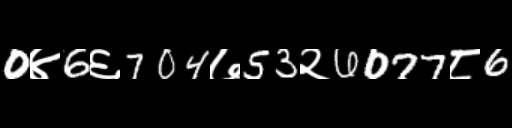
Text: 0४6६704७53२6077८6